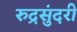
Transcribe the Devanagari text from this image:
रुद्रसुंदरी